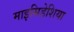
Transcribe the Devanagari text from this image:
माइसिडेशिया